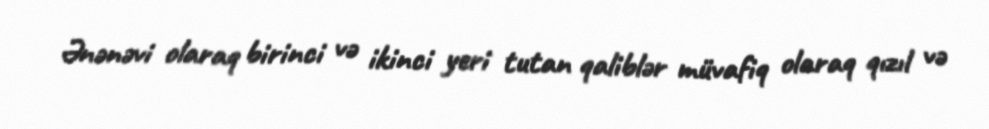
Ənənəvi olaraq birinci və ikinci yeri tutan qaliblər müvafiq olaraq qızıl və